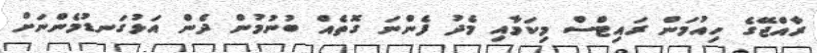
ރާއްޖޭގެ ހިއުމަން ރައިޓްސް މިކަމާއި މެދު ފެންނަ ގޮތެއް ބުނުމުން ދެން އަޅުގަނޑުމެންނަށް